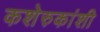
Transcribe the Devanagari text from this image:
कशेरुकांशी